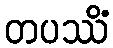
တပဿိံ